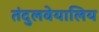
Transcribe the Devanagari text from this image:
तंदुलवेयालिय